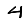
Digit: 4